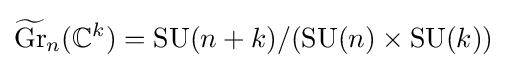
{\widetilde {\operatorname {Gr} }}_{n}(\mathbb {C} ^{k})=\operatorname {SU} (n+k)/(\operatorname {SU} (n)\times \operatorname {SU} (k))